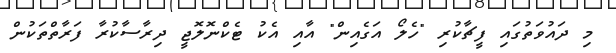
މި ދައުވަތުގައި ފީޗާކުރި "ހެލޯ އަގެއިން" އާއި އެކު ޓެކްނޮލޮޖީ ދިރާސާކުރާ ފަރާތްތަކުން